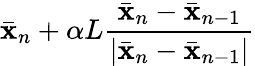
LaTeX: \bar{\mathbf{x}}_{n}+\alpha L\frac{\bar{\mathbf{x}}_{n}-\bar{\mathbf{x}}_{n-1}}{\left|\bar{\mathbf{x}}_{n}-\bar{\mathbf{x}}_{n-1}\right|}